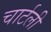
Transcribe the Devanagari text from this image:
चार्टली